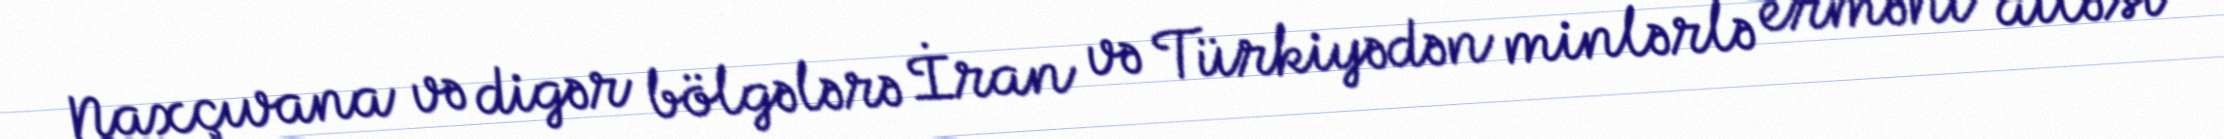
Naxçıvana və digər bölgələrə İran və Türkiyədən minlərlə erməni ailəsi